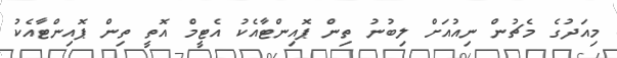
މިއަދުގެ މެޗުން ނިއުއަށް ލިބުނު ތިން ޕޮއިންޓާއެެކު އެޓީމް އޮތީ ތިން ޕޮއިންޓާއެކު